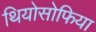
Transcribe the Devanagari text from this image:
थियोसोफिया